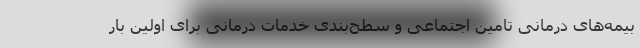
بیمه‌های درمانی تامین اجتماعی و سطح‌بندی خدمات درمانی برای اولین بار